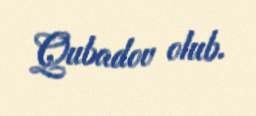
Qubadov olub.